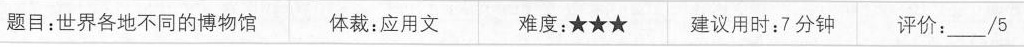
题目:世界各地不同的博物馆 体裁：应用文 难度：★★★ 建议用时：7分钟 评价:___/5